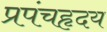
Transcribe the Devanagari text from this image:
प्रपंचहृदय